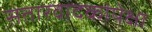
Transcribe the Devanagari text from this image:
सतारवादकांपेक्षा